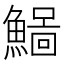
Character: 𩻂